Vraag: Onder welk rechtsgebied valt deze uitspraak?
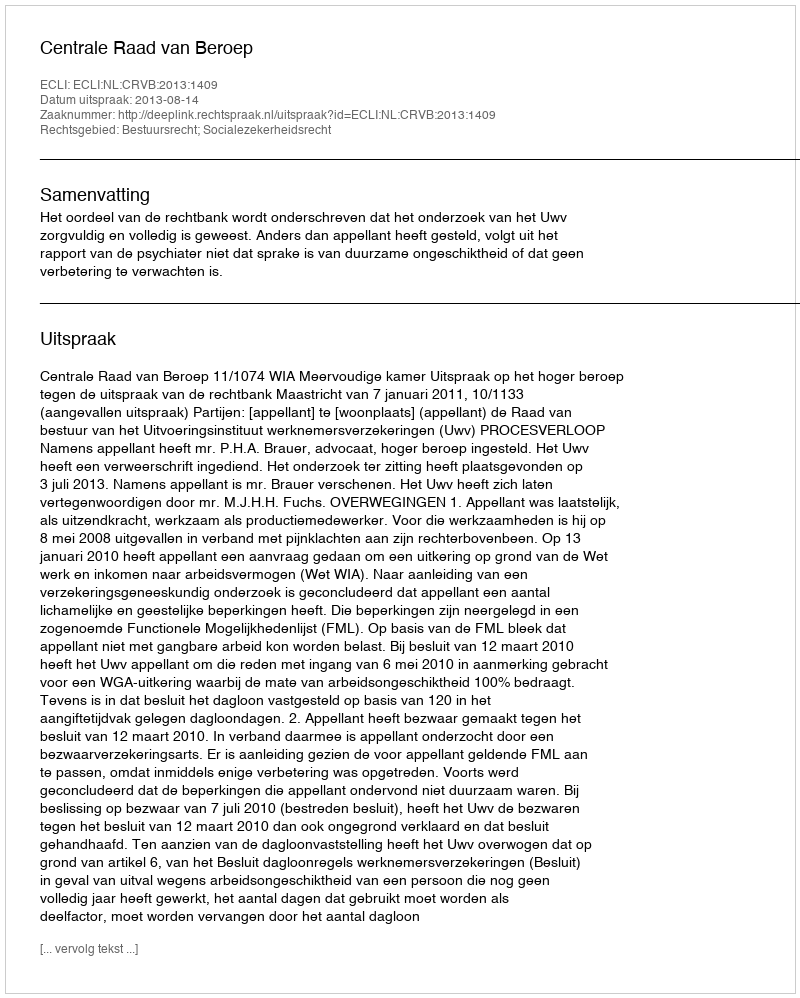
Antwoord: Bestuursrecht; Socialezekerheidsrecht